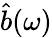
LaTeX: \hat{b}(\omega)